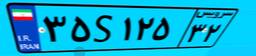
۳۵S۱۲۵۳۲